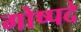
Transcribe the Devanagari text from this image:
गोष्पदे